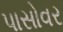
પાસોવર